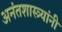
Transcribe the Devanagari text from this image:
अनंतशास्त्र्यांनी